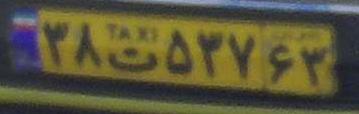
۳۸ت۵۳۷۶۳